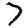
Digit: 7